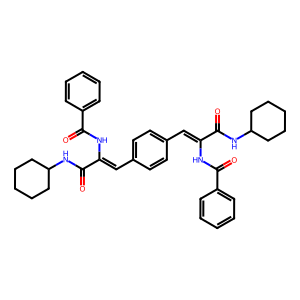
SMILES: O=C(NC1CCCCC1)C(=Cc1ccc(C=C(NC(=O)c2ccccc2)C(=O)NC2CCCCC2)cc1)NC(=O)c1ccccc1
Inhibits HIV replication: No